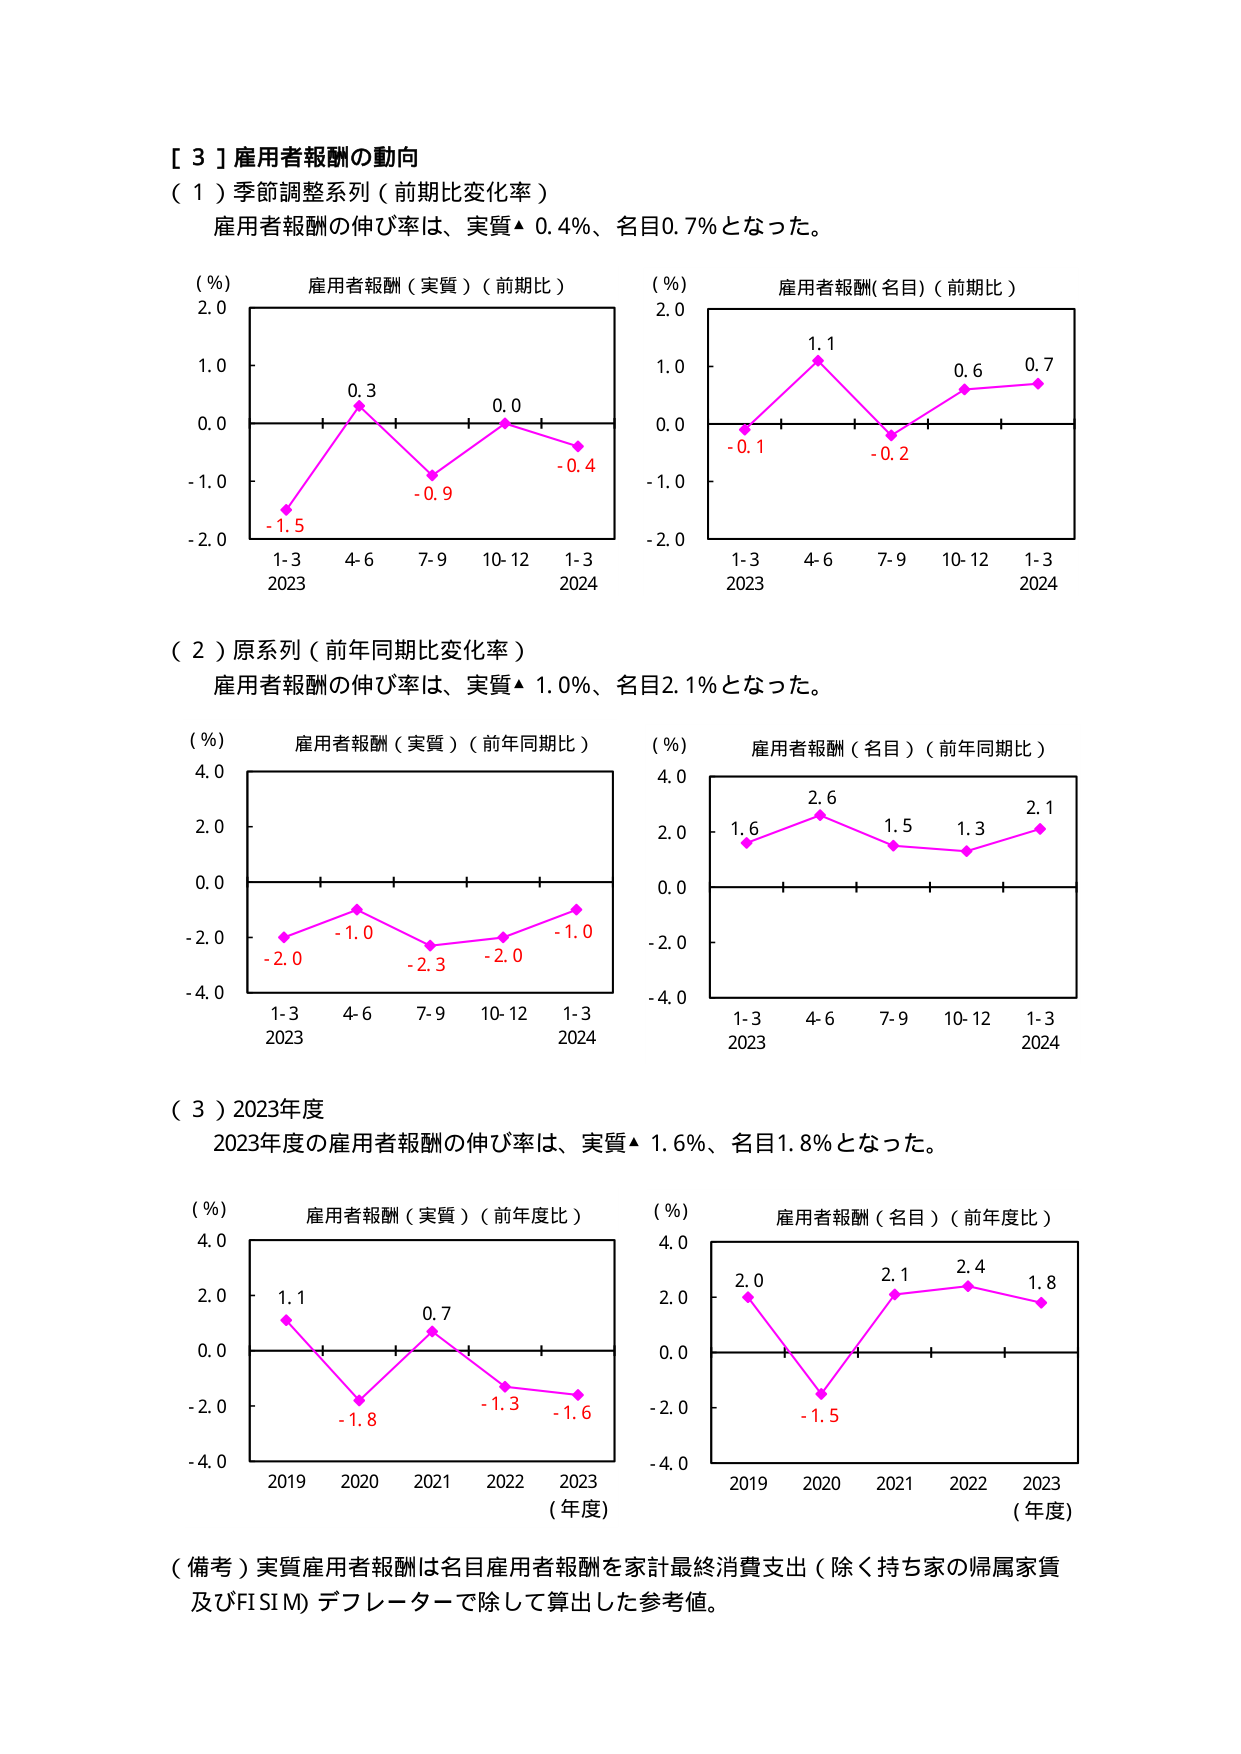
［３］雇用者報酬の動向
（１）季節調整系列（前期比変化率）
雇用者報酬の伸び率は、実質▲ 0.4％、名目0.7％となった。

（％）
雇用者報酬（実質）（前期比）
2.0
1.0
0.0
-1.0
-2.0
1-3 4-6 7-9 10-12 1-3
2023 2024
-1.5 0.3 -0.9 0.0 -0.4

（％）
雇用者報酬（名目）（前期比）
2.0
1.0
0.0
-1.0
-2.0
1-3 4-6 7-9 10-12 1-3
2023 2024
-0.1 1.1 -0.2 0.6 0.7

（２）原系列（前年同期比変化率）
雇用者報酬の伸び率は、実質▲ 1.0％、名目2.1％となった。

（％）
雇用者報酬（実質）（前年同期比）
4.0
2.0
0.0
-2.0
-4.0
1-3 4-6 7-9 10-12 1-3
2023 2024
-2.0 -1.0 -2.3 -2.0 -1.0

（％）
雇用者報酬（名目）（前年同期比）
4.0
2.0
0.0
-2.0
-4.0
1-3 4-6 7-9 10-12 1-3
2023 2024
1.6 2.6 1.5 1.3 2.1

（３）2023年度
2023年度の雇用者報酬の伸び率は、実質▲ 1.6％、名目1.8％となった。

（％）
雇用者報酬（実質）（前年度比）
4.0
2.0
0.0
-2.0
-4.0
2019 2020 2021 2022 2023
（年度）
1.1 -1.8 0.7 -1.3 -1.6

（％）
雇用者報酬（名目）（前年度比）
4.0
2.0
0.0
-2.0
-4.0
2019 2020 2021 2022 2023
（年度）
2.0 -1.5 2.1 2.4 1.8

（備考）実質雇用者報酬は名目雇用者報酬を家計最終消費支出（除く持ち家の帰属家賃及びFISIM）デフレーターで除して算出した参考値。